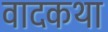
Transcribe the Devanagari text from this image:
वादकथा